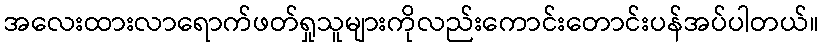
အလေးထားလာရောက်ဖတ်ရှုသူများကိုလည်းကောင်းတောင်းပန်အပ်ပါတယ်။